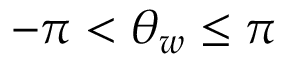
- \pi < \theta _ { w } \leq \pi